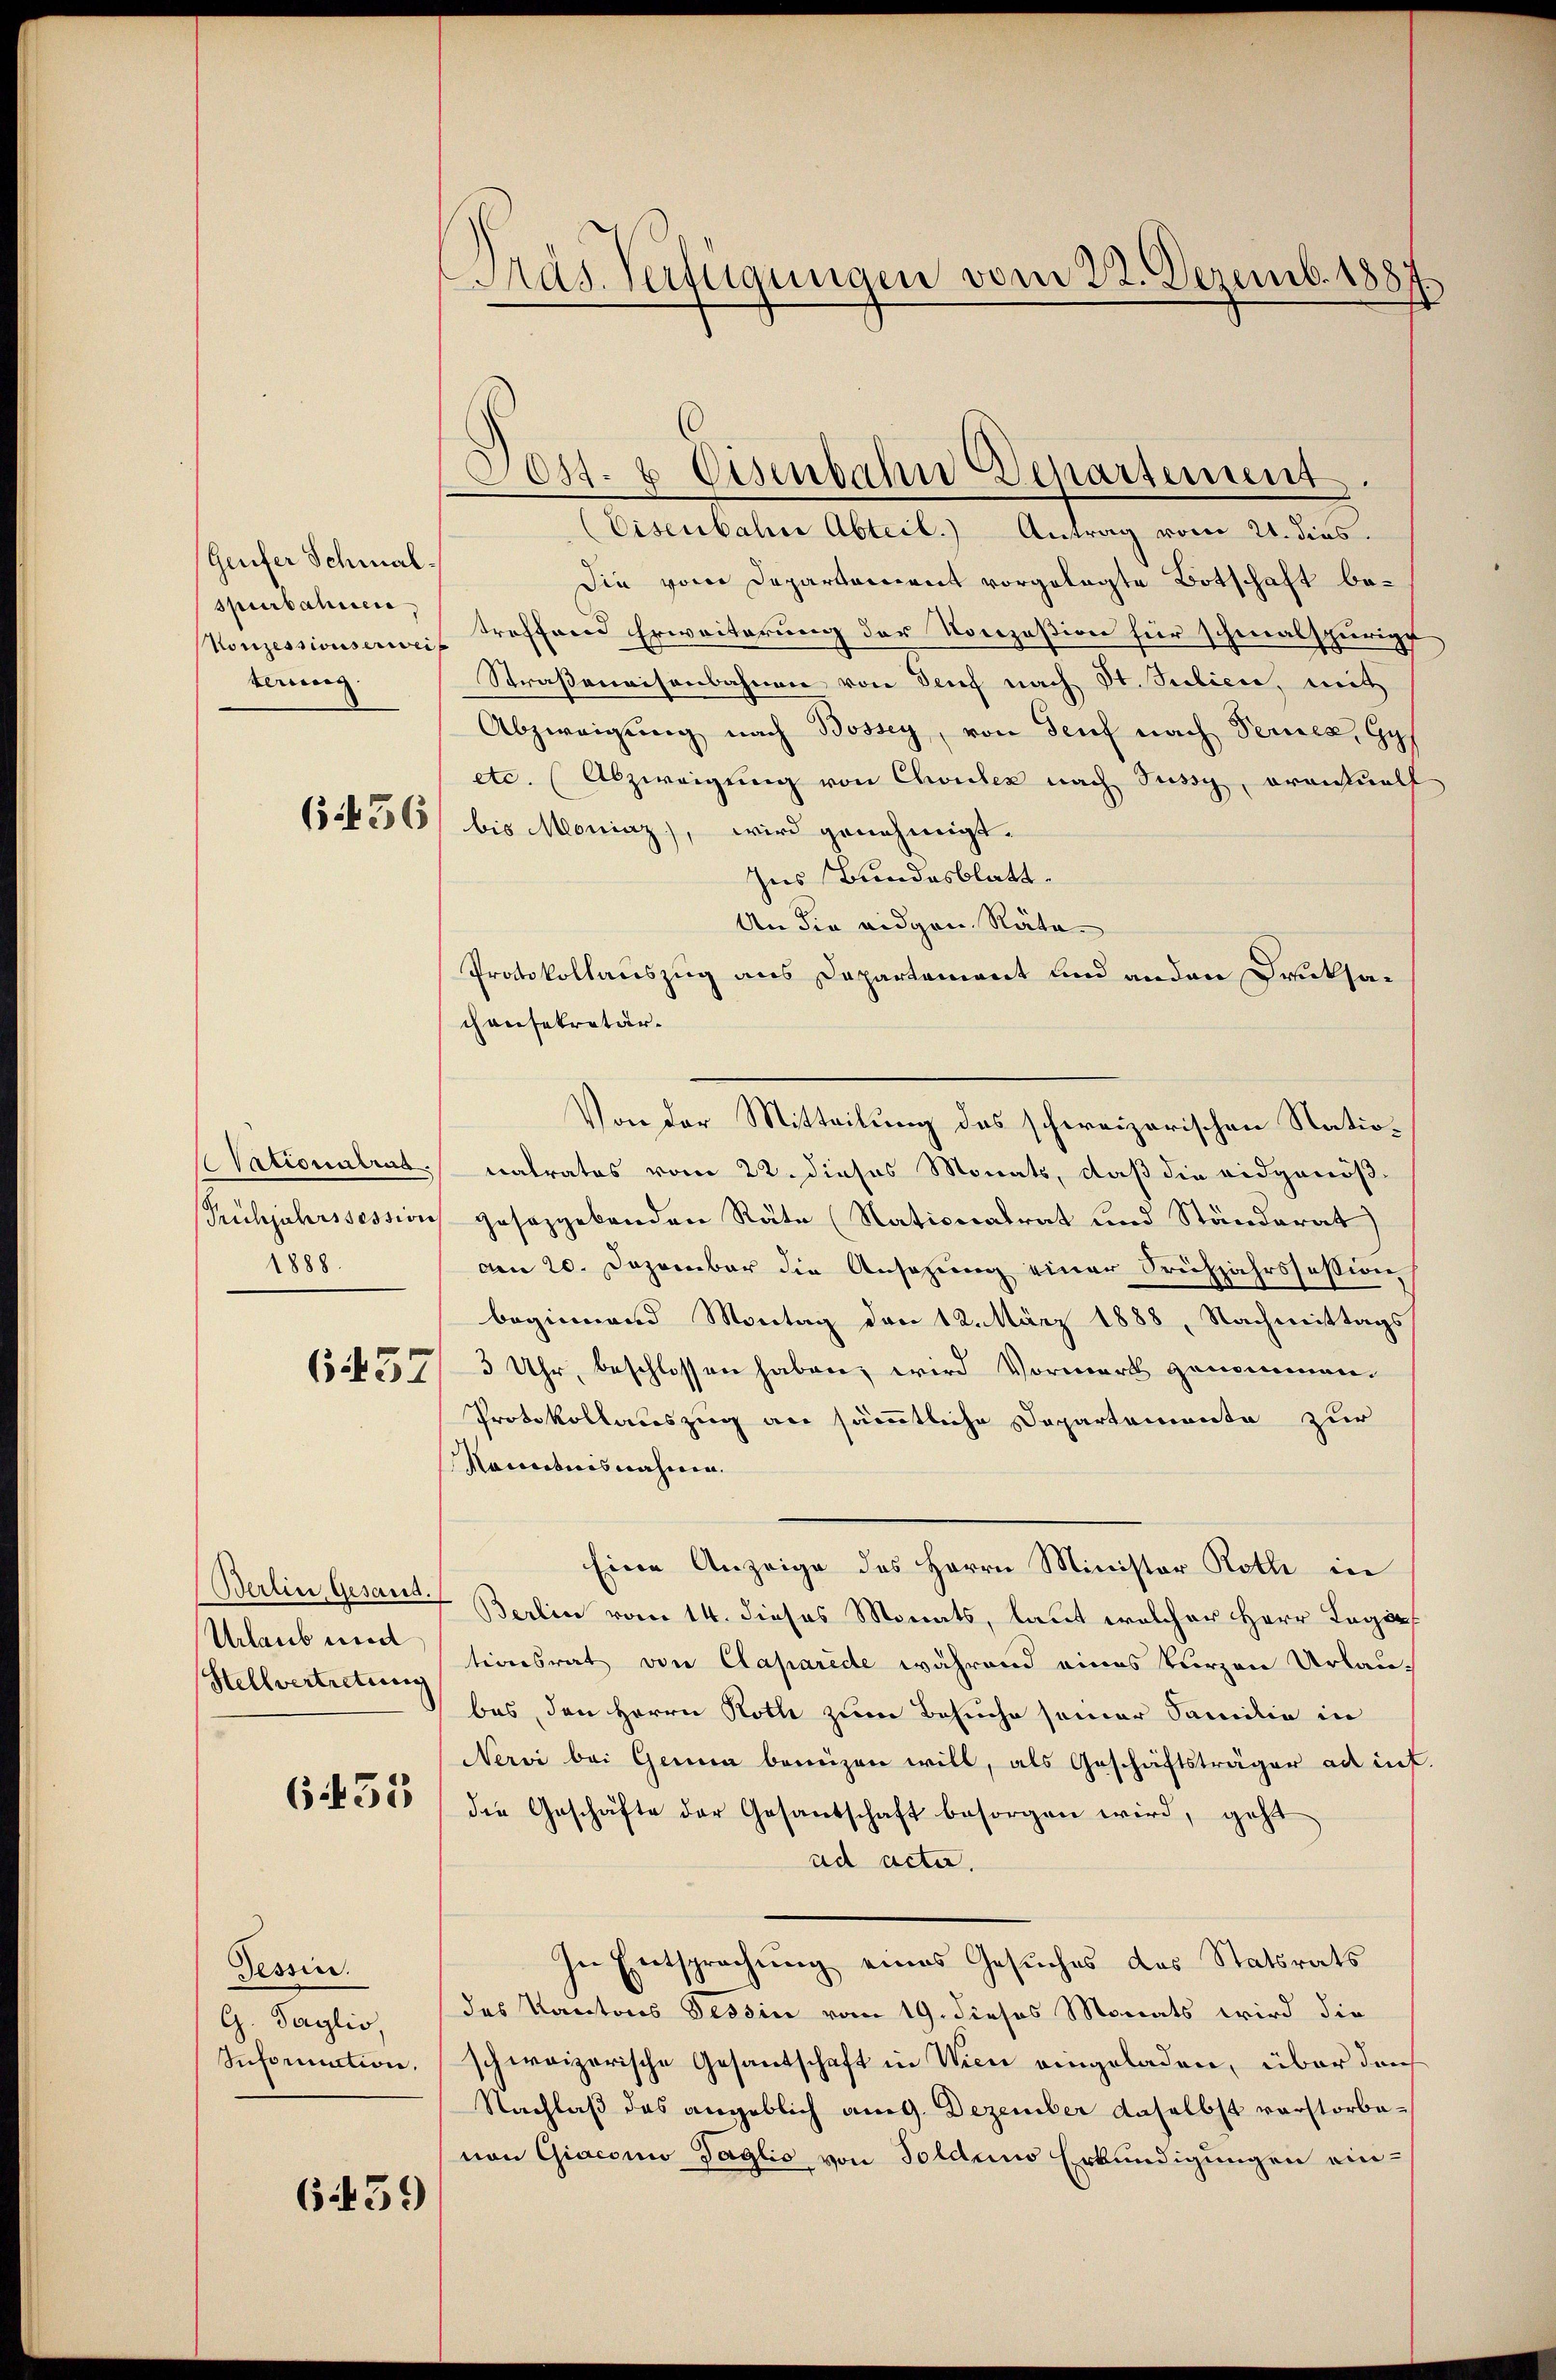
(Geufer Schmalspurbahnen,
terung.

1888.

Urlaub und
Stellvertretung

6435

Tessin.
G. Taglio,
Information.

6459

Pras. Verfügungen vom 22. Dezemb. 1887.
s

Eisenbahne Abteil. Antrag vom 21. dies.
die vom Departement vorgelegte Botschaft be¬
Konzessionserweis Treffend Erweiterung der Konzesion für schmalspurige
Straßenaisenbahnen von Deuf nach St. Silien, mit
Abzweigung nach Bossey, von Genf nach Ferner, Gyf
etc. (Abzweigung von Cholen nach Sussy orantualf
15 f 36 bis Moniaz), wird genehmigt.
Ins Bundesblatt.
An die eidgen. Räta¬
Protokollauszug aus Departement und anden Druksa-
chansekretär.
Nationalrat natratos vom 22. dieses Monats, daß die eidgenöß¬
Prühjahrssession gesaggebenden Räte (Nationalrat und Ständerat
am 20. Dezember die Ansezung einer Frühjahrssession
beginnend Montag den 12. März 1888, Nachmittags
154557/ 3 Uhr, beschlossen haben, wird Vormerk genommen.
Protokollauszug an sämmtliche Departemente zur
Manntnisnahmen. |
Eine Anzeige des Herrn Minister Roth in
Berlin Gesand. Berlin vom 14. dieses Monats, laut welcher Herr Legationsrat von Claparede während eines kurzen Urlaubes, den Herrn Koth zum Besuche seiner Familie in
Nervi bei Genua beinzen will, als Geschäftsträger ad inf.
die Geschäfte der Gesantschaft besorgen wird, geht
ad acta.
In Entsprechung eines Gesuches des Statsrats
des Kantons Tessin vom 19. dieses Monats wird die
schweizerische Gesantschaft in Wien eingeladen, über den
Nachlaß das angeblich am 9. Dezember daselbst verstorbevon Giaconi Taglio von Soldans Erkundigungen ein-

Joss. & Eisenbahn Departement.

Von der Mitteilung des schweizerischen Statio¬